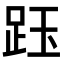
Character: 𧿷